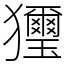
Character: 𤣗